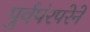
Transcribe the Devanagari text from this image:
पुर्वपंरपरेने